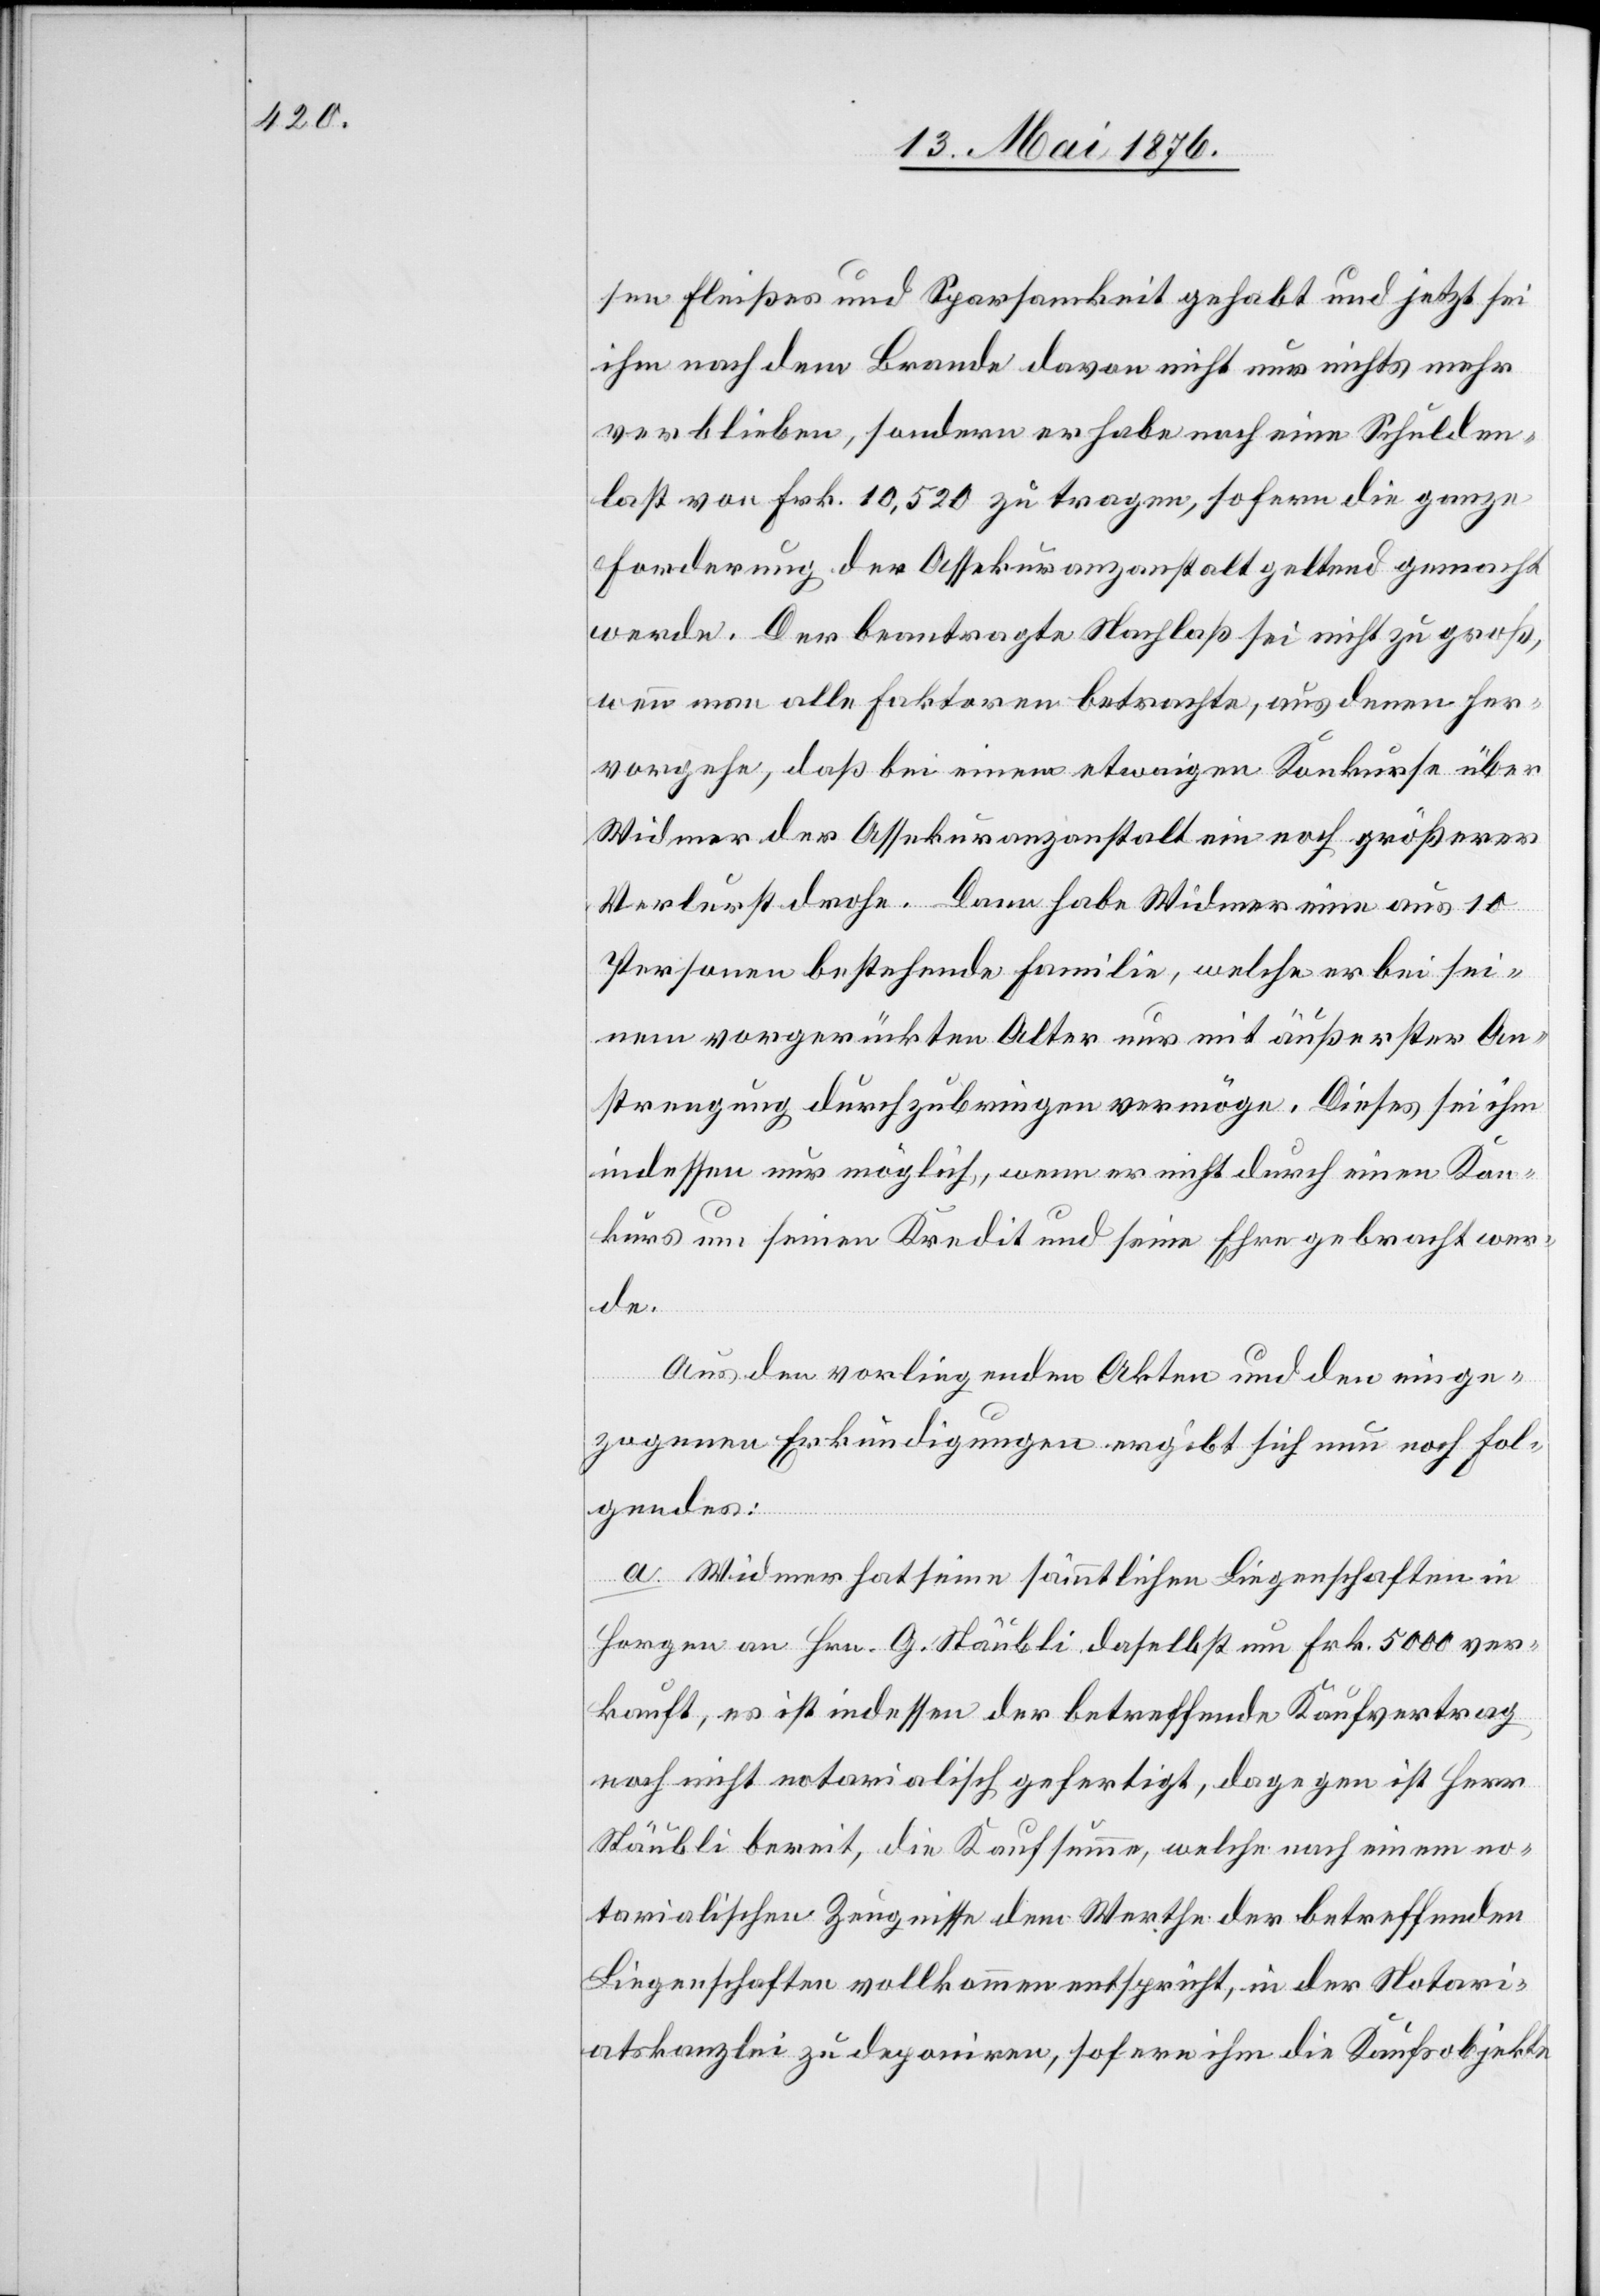
sen Fleißes und Sparsamkeit gehabt und jetzt sei
ihm nach dem Brande davon nicht nur nichts mehr
verblieben, sondern er habe noch eine Schulden¬
last von Frk. 10,520 zu tragen, sofern die ganze
Forderung der Assekuranzanstalt geltend gemacht
werde. Der beantragte Nachlaß sei nicht zu groß,
wenn man alle Faktoren betrachte, aus denen her¬
vorgehe, daß bei einem etwaigen Konkurse über
Widmer der Assekuranzanstalt ein noch größerer
Verlust drohe. Dann habe Widmer eine aus 10
Personen bestehende Familie, welche er bei sei¬
nem vorgerückten Alter nur mit äußerster An¬
strengung durchzubringen vermöge. Dieses sei ihm
indessen nur möglich, wenn er nicht durch einen Kon¬
kurs um seinen Kredit und seine Ehre gebracht wer¬
de.
Aus den vorliegenden Akten und den einge¬
zogenen Erkundigungen ergibt sich nun noch Fol¬
gendes:
a. Widmer hat seine sämmtlichen Liegenschaften in
Horgen an Hrn. G. Stäubli daselbst um Frk. 5000 ver¬
kauft, es ist indessen der betreffende Kaufvertrag
noch nicht notarialisch gefertigt, dagegen ist Herr
Stäubli bereit, die Kaufsumme, welche nach einem no¬
tarialischen Zeugnisse dem Werthe der betreffenden
Liegenschaften vollkommen entspricht, in der Notari¬
atskanzlei zu deponiren, sofern ihm die Kaufsobjekte